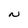
Character: N